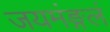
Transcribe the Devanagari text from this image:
जयमंङ्गलं